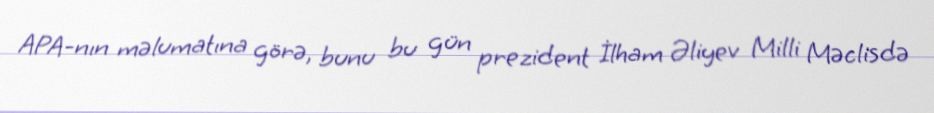
APA-nın məlumatına görə, bunu bu gün prezident İlham Əliyev Milli Məclisdə